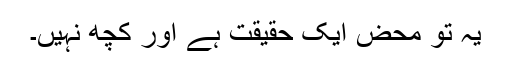
یہ تو محض ایک حقیقت ہے اور کچھ نہیں۔